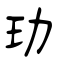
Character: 玏